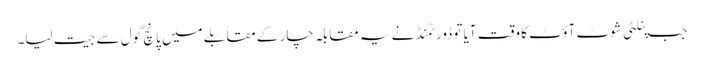
جب پنلٹی شوٹ آؤٹ کا وقت آیا تو ڈورٹمنڈ نے یہ مقابلہ چار کے مقابلے میں پانچ گول سے جیت لیا۔